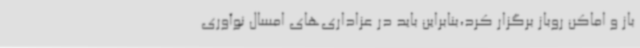
باز و اماکن روباز برگزار کرد،بنابراین باید در عزاداری‌های امسال نوآوری